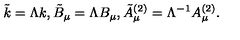
\tilde { k } = \Lambda k , \tilde { B } _ { \mu } = \Lambda B _ { \mu } , \tilde { A } _ { \mu } ^ { ( 2 ) } = \Lambda ^ { - 1 } A _ { \mu } ^ { ( 2 ) } .